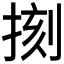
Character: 𢮰